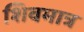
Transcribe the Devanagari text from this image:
शिवमात्र